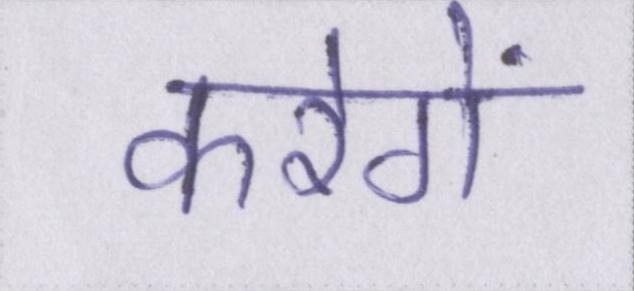
करेगें